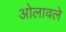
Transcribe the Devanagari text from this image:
ओलावले